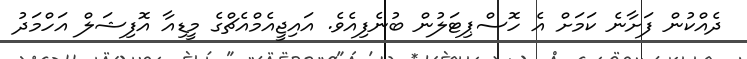
ދެއްކުން ފަށާނެ ކަމަށް އެ ހޮސްޕިޓަލުން ބުނެފިއެވެ. އައިޖީއެމްއެޗްގެ މީޑިއާ އޮފިޝަލް އަހްމަދު